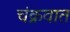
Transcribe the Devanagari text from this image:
चंक्रवात